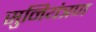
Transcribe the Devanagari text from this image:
सुनियंत्रण